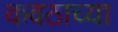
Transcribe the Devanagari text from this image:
कवठाच्या